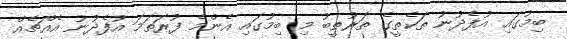
ބިމުގައި އުފެދުނު ތަކެތީގެ ތަރުތީބު މި ބިމުގައި އެންމެ ފުރަތަމަ އުފެދުނު އެއްޗެއް